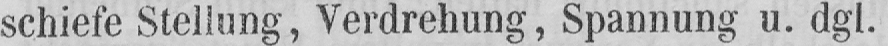
schiefe Stellung, Verdrehung, Spannung u. dgl.